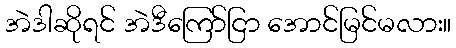
အဲဒါဆိုရင် အဲဒီကြော်ငြာ အောင်မြင်မလား။